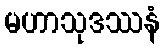
မဟာသုဒဿနံ